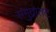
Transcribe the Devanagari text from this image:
समुद्रातट